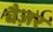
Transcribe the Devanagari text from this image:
बैज़र